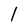
Character: 1